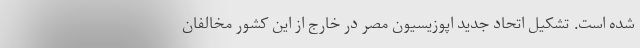
شده است. تشکیل اتحاد جدید اپوزیسیون مصر در خارج از این کشور مخالفان